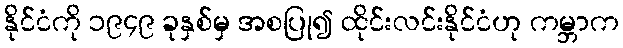
နိုင်ငံကို ၁၉၄၉ ခုနှစ်မှ အစပြု၍ ထိုင်းလင်းနိုင်ငံဟု ကမ္ဘာက